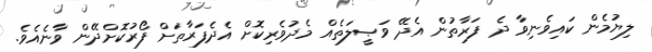
ލިޔުމެން ކައިވެނިވާ ދެ ފަރާތުން އެދޭ ވަޞީލަތެއް މެދުވެރިކޮށް އެދެފަރާތަށް ފޯރުކޮށްދޭން ވާނެއެވެ.